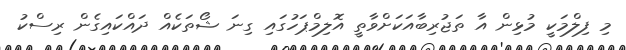
މި ފިލްމަކީ މުޅިން އާ ތަޖުރިބާއަކަށްވާތީ އޮލިމްޕަހުގައި ގިނަ ޝޯތަކެއް ދައްކައިގެން ރިސްކު